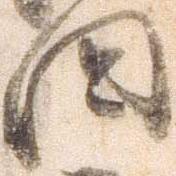
国